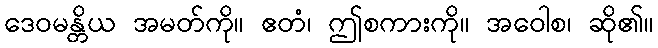
ဒေဝမန္တိယ အမတ်ကို။ ဧတံ၊ ဤစကားကို။ အဝေါစ၊ ဆို၏။